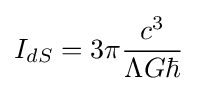
I_{dS}=3\pi {\frac {c^{3}}{\Lambda G\hbar }}